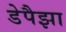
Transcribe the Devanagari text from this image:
डेपैझा